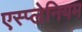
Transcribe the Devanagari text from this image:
एस्प्लेनियम